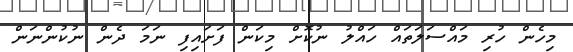
މިހެން ހުރި މައްސަލަތައް ހައްލު ނުކޮށް މިކަން ފަށައިފި ނަމަ ދެން ނުކުންނަން